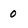
Character: 0